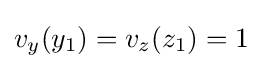
v_{y}(y_{1})=v_{z}(z_{1})=1